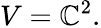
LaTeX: V=\mathbb{C}^{2}.